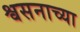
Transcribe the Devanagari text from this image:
श्वसनाच्या